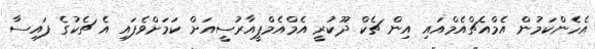
އެހެންކަމުން އެމްއެޗްއެމްއައި އިން ޗެކް ދޫކުރީ އެމްއެމްޕީއާރުސީއަށް ކަމަށްވެފައި އެ ޗެކުގެ ފައިސާ